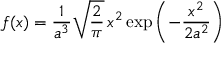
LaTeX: f ( x ) = { \frac { 1 } { a ^ { 3 } } } { \sqrt { \frac { 2 } { \pi } } } \, x ^ { 2 } \exp \left( - { \frac { x ^ { 2 } } { 2 a ^ { 2 } } } \right)